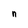
Character: n